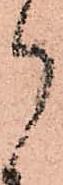
郎